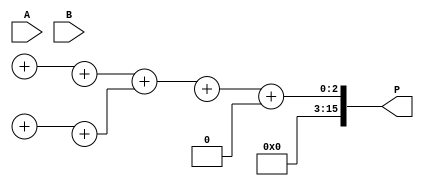
module higher_radix_wallace_tree_multiplier #(parameter N = 8) (
    input [N-1:0] A,         // Multiplicand
    input [N-1:0] B,         // Multiplier
    output [2*N-1:0] P       // Product
);
    // Partial product generation
    wire [N-1:0] pp [0:7];   // Partial products

    genvar i;
    generate
        for (i = 0; i < N; i = i + 1) begin : partial_product_gen
            assign pp[i/3][i] = A & {3{B[i]}};
        end
    endgenerate

    // Reduction tree structure for Radix-8
    wire [2*N-1:0] sum [0:4]; // Intermediate sums
    wire [2*N-1:0] carry [0:4]; // Intermediate carries

    // First stage: 3-input reduction
    generate
        for (i = 0; i < N/3; i = i + 1) begin : stage1_reduction
            wire [2:0] inputs = {pp[i*3], pp[i*3+1], pp[i*3+2]};
            assign {carry[0][i], sum[0][i]} = inputs[0] + inputs[1] + inputs[2];
        end
    endgenerate

    // Second stage: 2-input reduction
    generate
        for (i = 0; i < (N/3 + 1)/2; i = i + 1) begin : stage2_reduction
            assign {carry[1][i], sum[1][i]} = sum[0][2*i] + sum[0][2*i + 1];
        end
    endgenerate

    // Final addition of remaining bits
    wire [2*N-1:0] final_sum;
    wire carry_out;

    assign {carry_out, final_sum} = sum[1][0] + sum[1][1];

    // Output product calculation
    assign P = final_sum + carry_out;

endmodule